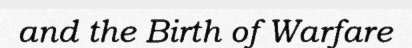
and the Birth of Warfare